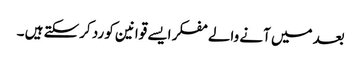
بعد میں آنے والے مفکر ایسے قوانین کو رد کرسکتے ہیں ۔